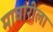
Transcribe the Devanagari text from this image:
माघारीला